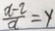
\frac { a - 2 } { d } = y